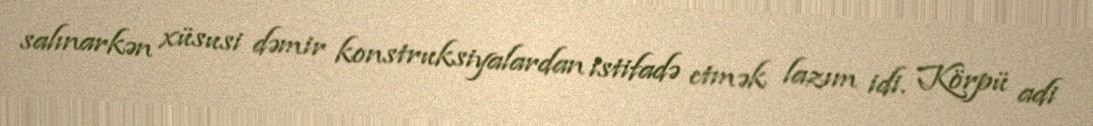
salınarkən xüsusi dəmir konstruksiyalardan istifadə etmək lazım idi. Körpü adi